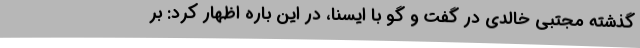
گذشته مجتبی خالدی در گفت و گو با ایسنا، در این باره اظهار کرد: بر